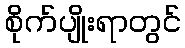
စိုက်ပျိုးရာတွင်